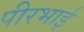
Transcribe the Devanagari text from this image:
पीरभाई